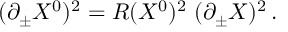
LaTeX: ( \partial _ { \pm } X ^ { 0 } ) ^ { 2 } = R ( X ^ { 0 } ) ^ { 2 } \; ( \partial _ { \pm } X ) ^ { 2 } \, .